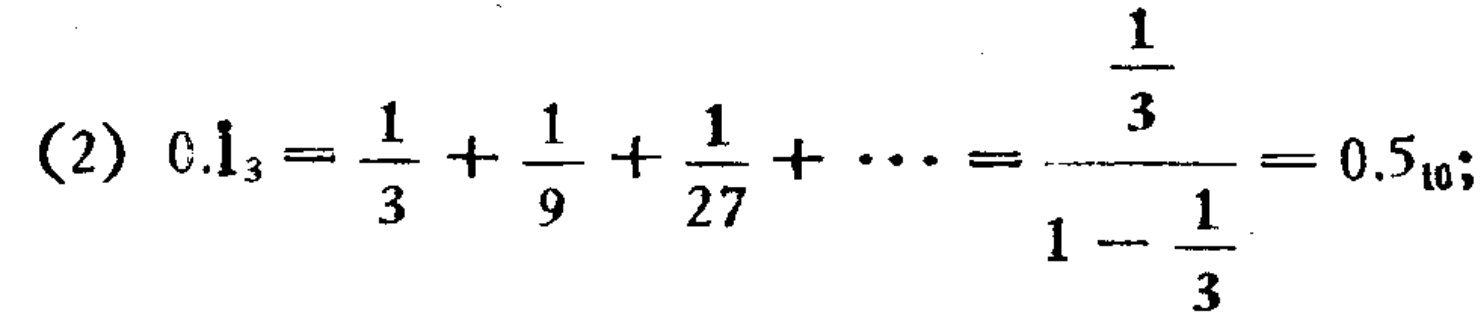
(2) \(0.\dot{1}_3=\frac{1}{3}+\frac{1}{9}+\frac{1}{27}+\cdots=\frac{\frac{1}{3}}{1 - \frac{1}{3}} = 0.5_{10}\);